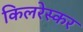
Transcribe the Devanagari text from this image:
किलरेस्कर